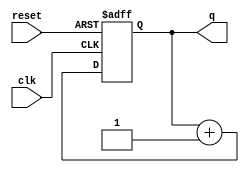
module binary_cnt(
    input clk,
    input reset,
    output reg [3:0] q
);

always @ (posedge clk or negedge reset) begin
    if(!reset)
        q <= 4'b0000;
    else
        q <= q + 1;
end
endmodule